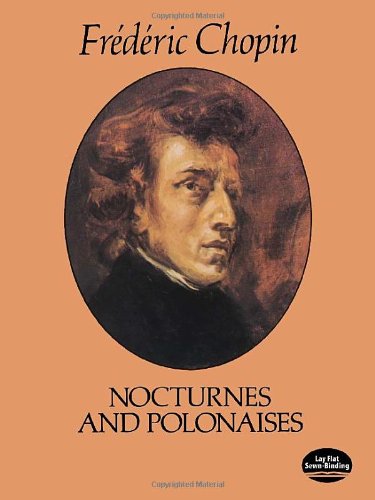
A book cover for Nocturnes and Polonaises; Frederic Chopin; Humor & Entertainment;